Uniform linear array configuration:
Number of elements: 48
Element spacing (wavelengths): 0.25
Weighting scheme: blackman
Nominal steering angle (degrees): -15
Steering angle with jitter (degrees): -15.847
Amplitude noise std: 0.05
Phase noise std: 0.05

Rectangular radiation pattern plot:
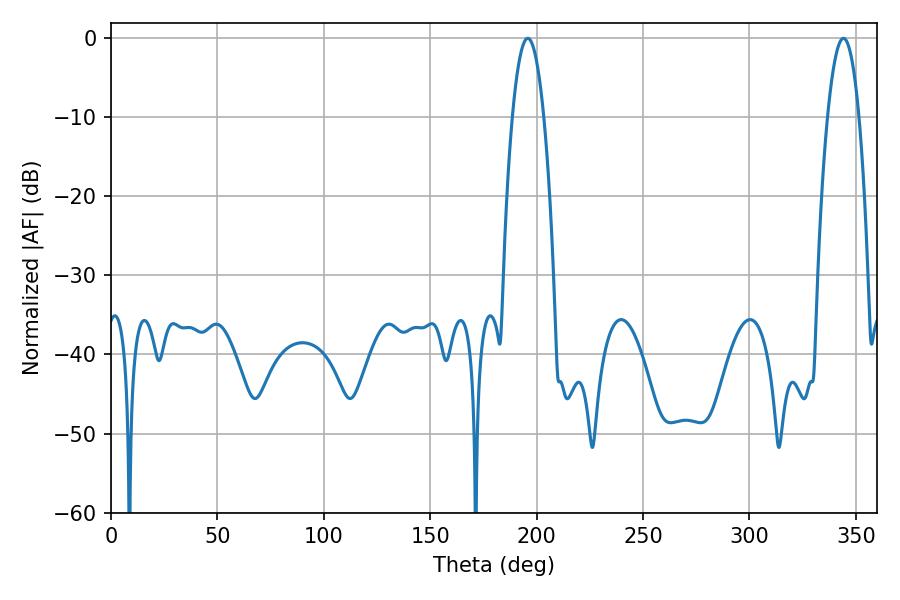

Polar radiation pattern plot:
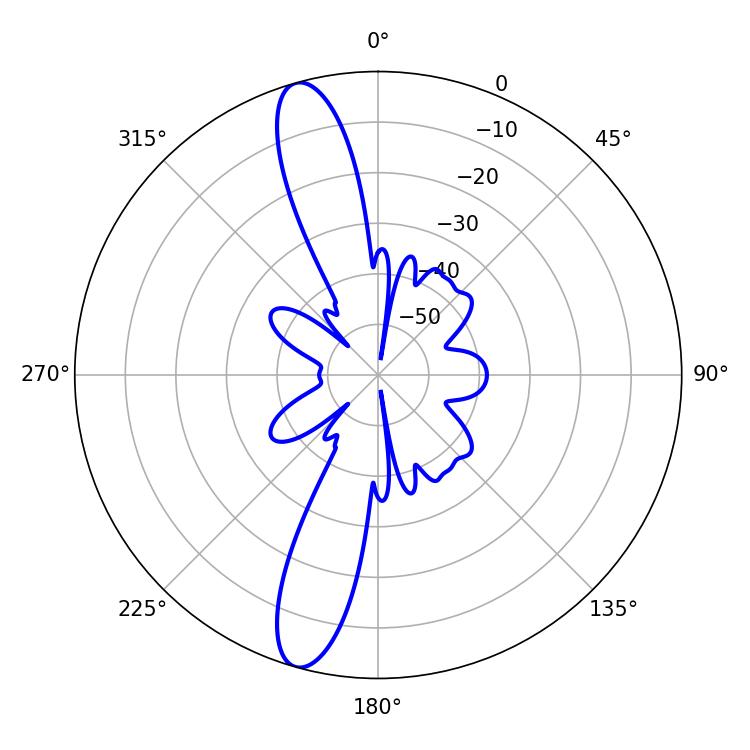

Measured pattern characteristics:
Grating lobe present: FALSE
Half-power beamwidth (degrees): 8.1
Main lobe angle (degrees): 195.84